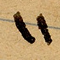
١١